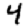
Digit: 4